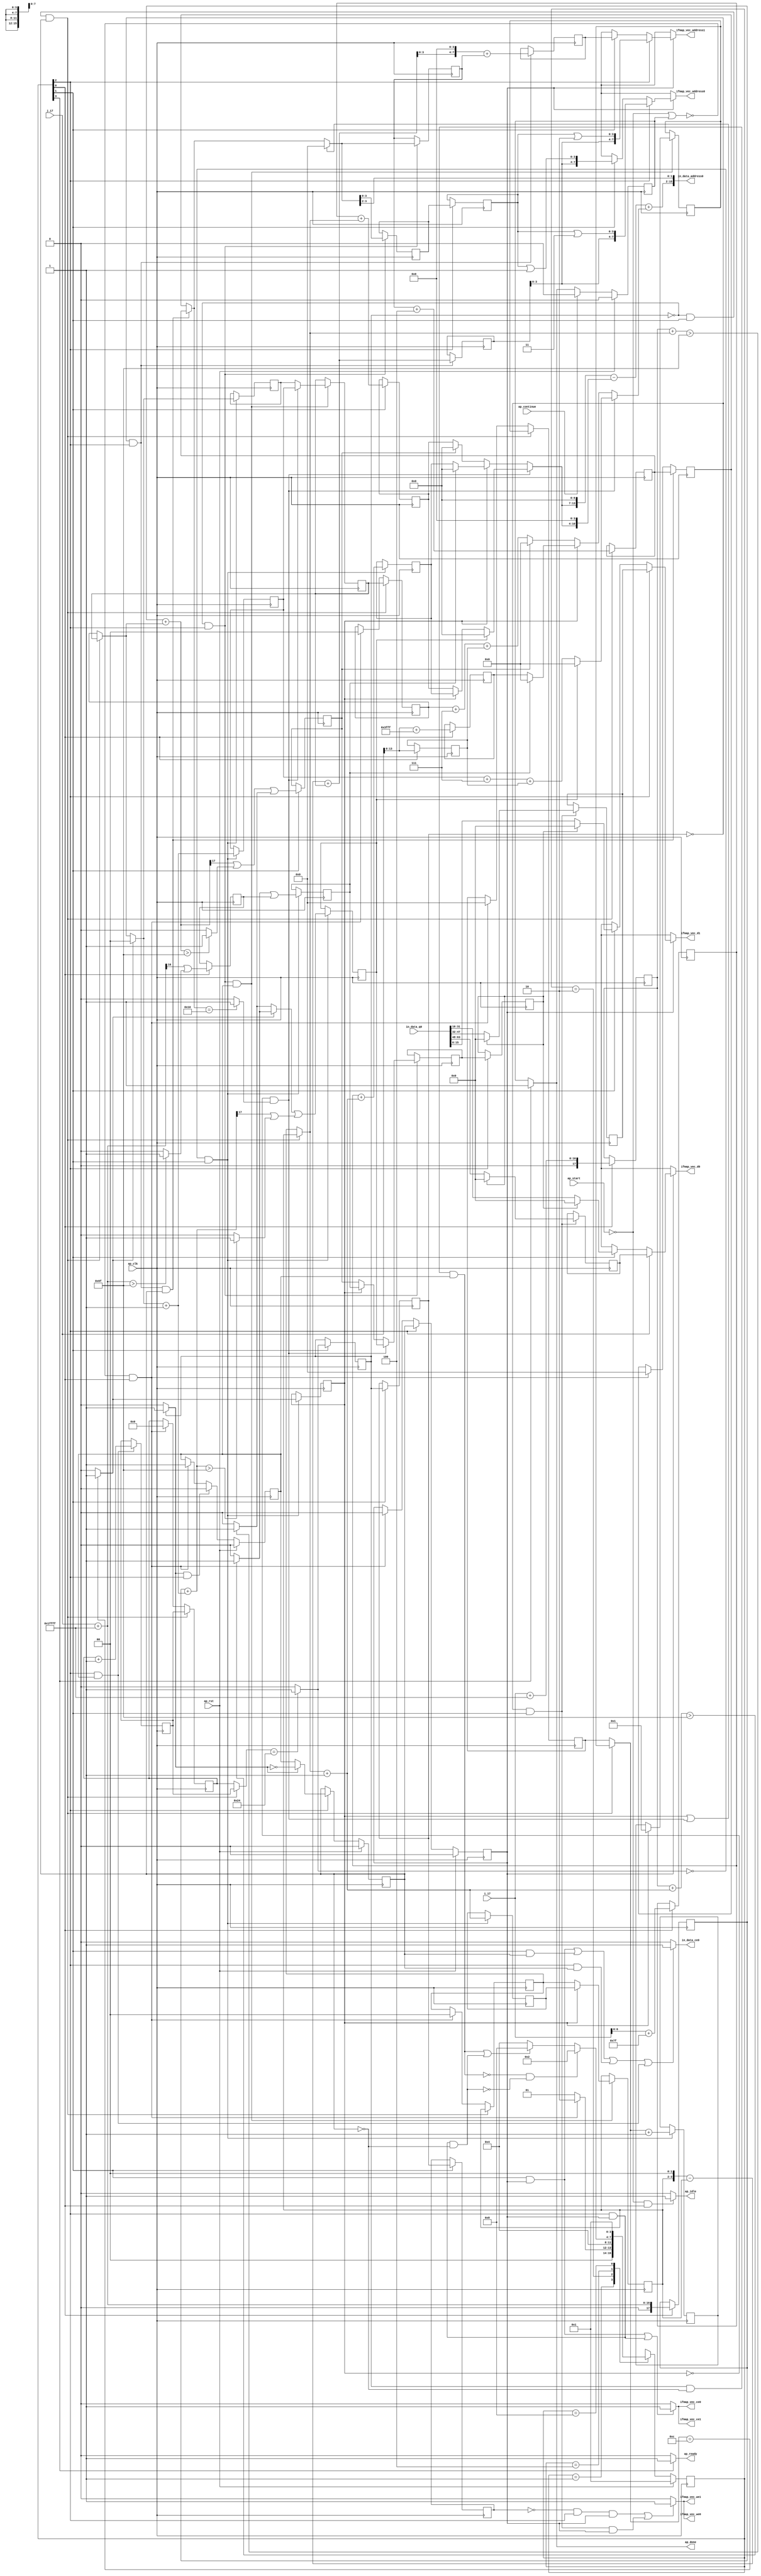
`define EXPONENT 5
`define MANTISSA 10
`define ACTUAL_MANTISSA 11
`define EXPONENT_LSB 10
`define EXPONENT_MSB 14
`define MANTISSA_LSB 0
`define MANTISSA_MSB 9
`define MANTISSA_MUL_SPLIT_LSB 3
`define MANTISSA_MUL_SPLIT_MSB 9
`define SIGN 1
`define SIGN_LOC 15
`define DWIDTH (`SIGN+`EXPONENT+`MANTISSA)
`define IEEE_COMPLIANCE 1

module td_fused_top_tdf2_readInputs25 (
        ap_clk,
        ap_rst,
        ap_start,
        ap_done,
        ap_continue,
        ap_idle,
        ap_ready,
        in_data_address0,
        in_data_ce0,
        in_data_q0,
        i_17,
        j_17,
        ifmap_vec_address0,
        ifmap_vec_ce0,
        ifmap_vec_we0,
        ifmap_vec_d0,
        ifmap_vec_address1,
        ifmap_vec_ce1,
        ifmap_vec_we1,
        ifmap_vec_d1
);

parameter    ap_ST_fsm_state1 = 4'd1;
parameter    ap_ST_fsm_pp0_stage0 = 4'd2;
parameter    ap_ST_fsm_pp0_stage1 = 4'd4;
parameter    ap_ST_fsm_state8 = 4'd8;

input   ap_clk;
input   ap_rst;
input   ap_start;
output   ap_done;
input   ap_continue;
output   ap_idle;
output   ap_ready;
output  [15:0] in_data_address0;
output   in_data_ce0;
input  [63:0] in_data_q0;
input  [15:0] i_17;
input  [15:0] j_17;
output  [7:0] ifmap_vec_address0;
output   ifmap_vec_ce0;
output   ifmap_vec_we0;
output  [15:0] ifmap_vec_d0;
output  [7:0] ifmap_vec_address1;
output   ifmap_vec_ce1;
output   ifmap_vec_we1;
output  [15:0] ifmap_vec_d1;

reg ap_done;
reg ap_idle;
reg ap_ready;
reg in_data_ce0;
reg[7:0] ifmap_vec_address0;
reg ifmap_vec_ce0;
reg ifmap_vec_we0;
reg[15:0] ifmap_vec_d0;
reg[7:0] ifmap_vec_address1;
reg ifmap_vec_ce1;
reg ifmap_vec_we1;
reg[15:0] ifmap_vec_d1;

reg    ap_done_reg;
  reg   [3:0] ap_CS_fsm;
wire    ap_CS_fsm_state1;
reg   [5:0] indvar_flatten47_reg_194;
reg   [1:0] ii_reg_206;
reg   [4:0] indvar_flatten_reg_218;
reg   [1:0] jj_reg_229;
reg   [4:0] kk_0_i_reg_241;
wire   [17:0] p_cast_i_fu_270_p1;
reg   [17:0] p_cast_i_reg_931;
wire   [13:0] trunc_ln22_fu_274_p1;
reg   [13:0] trunc_ln22_reg_937;
wire   [17:0] sext_ln22_fu_284_p1;
reg   [17:0] sext_ln22_reg_943;
wire   [6:0] p_cast_fu_288_p2;
reg   [6:0] p_cast_reg_949;
wire   [0:0] or_ln23_21_fu_308_p2;
reg   [0:0] or_ln23_21_reg_955;
wire   [13:0] p_mid137_fu_314_p2;
reg   [13:0] p_mid137_reg_960;
wire   [6:0] p_cast5_i_fu_333_p2;
reg   [6:0] p_cast5_i_reg_965;
wire    ap_CS_fsm_pp0_stage0;
wire    ap_block_state2_pp0_stage0_iter0;
wire    ap_block_state4_pp0_stage0_iter1;
wire    ap_block_state6_pp0_stage0_iter2;
wire    ap_block_pp0_stage0_11001;
wire   [0:0] is_padding_fu_373_p2;
reg   [0:0] is_padding_reg_971;
wire   [0:0] icmp_ln19_fu_379_p2;
reg   [0:0] icmp_ln19_reg_978;
reg   [0:0] icmp_ln19_reg_978_pp0_iter1_reg;
reg   [0:0] icmp_ln19_reg_978_pp0_iter2_reg;
wire   [1:0] add_ln19_fu_385_p2;
reg   [1:0] add_ln19_reg_982;
wire   [0:0] icmp_ln20_fu_391_p2;
reg   [0:0] icmp_ln20_reg_987;
wire   [1:0] select_ln19_fu_397_p3;
reg   [1:0] select_ln19_reg_999;
wire   [6:0] p_cast5_i_mid1_fu_418_p2;
reg   [6:0] p_cast5_i_mid1_reg_1004;
wire   [0:0] or_ln23_23_fu_437_p2;
reg   [0:0] or_ln23_23_reg_1010;
wire   [1:0] add_ln20_fu_442_p2;
reg   [1:0] add_ln20_reg_1017;
wire   [0:0] or_ln23_25_fu_477_p2;
reg   [0:0] or_ln23_25_reg_1023;
wire   [4:0] add_ln20_5_fu_483_p2;
reg   [4:0] add_ln20_5_reg_1030;
wire   [5:0] add_ln19_5_fu_489_p2;
reg   [5:0] add_ln19_5_reg_1035;
wire    ap_CS_fsm_pp0_stage1;
reg    ap_enable_reg_pp0_iter0;
wire    ap_block_state3_pp0_stage1_iter0;
wire    ap_block_state5_pp0_stage1_iter1;
wire    ap_block_state7_pp0_stage1_iter2;
wire    ap_block_pp0_stage1_11001;
wire   [1:0] select_ln19_25_fu_527_p3;
reg   [1:0] select_ln19_25_reg_1040;
wire   [4:0] select_ln20_fu_591_p3;
reg   [4:0] select_ln20_reg_1047;
wire   [1:0] select_ln20_21_fu_599_p3;
reg   [1:0] select_ln20_21_reg_1053;
wire   [0:0] select_ln20_22_fu_608_p3;
reg   [0:0] select_ln20_22_reg_1059;
reg   [0:0] select_ln20_22_reg_1059_pp0_iter1_reg;
wire   [3:0] empty_111_fu_704_p1;
reg   [3:0] empty_111_reg_1067;
reg   [3:0] empty_111_reg_1067_pp0_iter1_reg;
wire   [4:0] select_ln20_25_fu_731_p3;
reg   [4:0] select_ln20_25_reg_1079;
wire   [4:0] add_ln25_fu_737_p2;
reg   [4:0] add_ln25_reg_1084;
reg    ap_enable_reg_pp0_iter1;
wire   [5:0] add_ln33_fu_769_p2;
reg   [5:0] add_ln33_reg_1089;
wire   [7:0] add_ln33_5_fu_790_p2;
reg   [7:0] add_ln33_5_reg_1096;
wire   [15:0] select_ln33_23_fu_869_p3;
reg   [15:0] select_ln33_23_reg_1101;
wire   [15:0] select_ln33_24_fu_890_p3;
reg   [15:0] select_ln33_24_reg_1106;
reg    ap_block_state1;
wire    ap_block_pp0_stage1_subdone;
reg    ap_condition_pp0_exit_iter0_state3;
reg    ap_enable_reg_pp0_iter2;
reg   [5:0] ap_phi_mux_indvar_flatten47_phi_fu_198_p4;
wire    ap_block_pp0_stage0;
reg   [1:0] ap_phi_mux_ii_phi_fu_210_p4;
reg   [4:0] ap_phi_mux_indvar_flatten_phi_fu_222_p4;
reg   [1:0] ap_phi_mux_jj_phi_fu_233_p4;
reg   [4:0] ap_phi_mux_kk_0_i_phi_fu_245_p4;
wire    ap_block_pp0_stage1;
wire   [63:0] sext_ln32_fu_726_p1;
wire   [63:0] zext_ln33_21_fu_796_p1;
wire   [63:0] sext_ln33_fu_828_p1;
wire   [63:0] sext_ln33_9_fu_909_p1;
wire   [63:0] sext_ln33_10_fu_926_p1;
wire   [15:0] select_ln33_fu_808_p3;
wire   [15:0] select_ln33_22_fu_847_p3;
wire   [16:0] zext_ln19_fu_256_p1;
wire   [16:0] empty_106_fu_264_p2;
wire   [16:0] j_cast_i_fu_252_p1;
wire   [16:0] add_ln22_fu_278_p2;
wire   [6:0] empty_fu_260_p1;
wire   [0:0] tmp_fu_294_p3;
wire   [0:0] icmp_ln24_fu_302_p2;
wire   [17:0] ii_cast_i_fu_320_p1;
wire   [6:0] ii_cast_fu_324_p1;
wire   [17:0] empty_107_fu_328_p2;
wire   [17:0] zext_ln20_fu_344_p1;
wire   [17:0] add_ln22_5_fu_348_p2;
wire   [0:0] tmp_37_fu_353_p3;
wire   [0:0] icmp_ln24_5_fu_361_p2;
wire   [0:0] or_ln23_fu_367_p2;
wire   [0:0] empty_108_fu_338_p2;
wire   [17:0] ii_cast_i_mid1_fu_405_p1;
wire   [6:0] ii_cast_mid1_fu_409_p1;
wire   [17:0] p_mid111_fu_413_p2;
wire   [0:0] p_mid113_fu_423_p2;
wire   [17:0] zext_ln20_5_fu_448_p1;
wire   [17:0] add_ln22_6_fu_452_p2;
wire   [0:0] tmp_38_fu_457_p3;
wire   [0:0] icmp_ln24_6_fu_465_p2;
wire   [0:0] or_ln23_24_fu_471_p2;
wire   [0:0] select_ln19_27_fu_429_p3;
wire   [2:0] zext_ln22_fu_495_p1;
wire   [2:0] tmp2_fu_505_p2;
wire   [13:0] tmp2_cast_fu_511_p1;
wire   [13:0] empty_109_fu_515_p2;
wire   [6:0] row_coord_int_mid131_fu_543_p3;
wire   [6:0] row_coord_int_fu_499_p3;
wire   [13:0] col_coord_int_mid139_fu_549_p3;
wire   [13:0] col_coord_int_fu_520_p3;
wire   [0:0] icmp_ln25_fu_574_p2;
wire   [0:0] xor_ln19_fu_569_p2;
wire   [0:0] and_ln19_fu_580_p2;
wire   [0:0] or_ln20_fu_586_p2;
wire   [0:0] select_ln19_28_fu_538_p3;
wire   [6:0] select_ln19_26_fu_533_p3;
wire   [2:0] zext_ln22_5_fu_605_p1;
wire   [2:0] tmp2_mid1_fu_622_p2;
wire   [13:0] tmp2_cast_mid1_fu_628_p1;
wire   [13:0] p_mid1_fu_632_p2;
wire   [6:0] row_coord_int_mid1_fu_615_p3;
wire   [6:0] select_ln19_29_fu_555_p3;
wire   [6:0] select_ln20_23_fu_644_p3;
wire   [13:0] tmp_7_fu_652_p3;
wire   [10:0] tmp_8_fu_664_p3;
wire   [14:0] zext_ln32_fu_660_p1;
wire   [14:0] zext_ln32_22_fu_672_p1;
wire   [14:0] sub_ln32_fu_676_p2;
wire   [13:0] col_coord_int_mid1_fu_637_p3;
wire   [13:0] select_ln19_30_fu_562_p3;
wire   [13:0] select_ln20_24_fu_686_p3;
wire   [15:0] sext_ln20_fu_682_p1;
wire   [15:0] zext_ln32_23_fu_694_p1;
wire   [15:0] add_ln32_fu_698_p2;
wire   [1:0] lshr_ln_fu_708_p4;
wire   [17:0] tmp_39_fu_718_p3;
wire   [3:0] tmp_s_fu_745_p3;
wire   [4:0] zext_ln33_18_fu_752_p1;
wire   [4:0] zext_ln33_fu_742_p1;
wire   [4:0] sub_ln33_fu_756_p2;
wire   [5:0] sub_ln33_cast_fu_762_p1;
wire   [5:0] zext_ln33_19_fu_766_p1;
wire   [3:0] trunc_ln33_fu_775_p1;
wire   [7:0] tmp_113_cast_fu_779_p3;
wire   [7:0] zext_ln33_20_fu_787_p1;
wire   [15:0] trunc_ln32_fu_800_p1;
wire   [15:0] bitcast_ln32_fu_804_p1;
wire   [3:0] or_ln25_fu_816_p2;
wire   [9:0] tmp_40_fu_821_p3;
wire   [15:0] tmp_66_i_fu_833_p4;
wire   [15:0] bitcast_ln32_22_fu_843_p1;
wire   [15:0] tmp_67_i_fu_855_p4;
wire   [15:0] bitcast_ln32_23_fu_865_p1;
wire   [15:0] tmp_68_i_fu_876_p4;
wire   [15:0] bitcast_ln32_24_fu_886_p1;
wire   [3:0] or_ln25_15_fu_897_p2;
wire   [9:0] tmp_41_fu_902_p3;
wire   [3:0] or_ln25_16_fu_914_p2;
wire   [9:0] tmp_42_fu_919_p3;
wire    ap_CS_fsm_state8;
reg   [3:0] ap_NS_fsm;
wire    ap_block_pp0_stage0_subdone;
reg    ap_idle_pp0;
wire    ap_enable_pp0;
wire    ap_ce_reg;

// power-on initialization
initial begin
#0 ap_done_reg = 1'b0;
#0 ap_CS_fsm = 4'd1;
#0 ap_enable_reg_pp0_iter0 = 1'b0;
#0 ap_enable_reg_pp0_iter1 = 1'b0;
#0 ap_enable_reg_pp0_iter2 = 1'b0;
end

always @ (posedge ap_clk) begin
    if (ap_rst == 1'b1) begin
        ap_CS_fsm <= ap_ST_fsm_state1;
    end else begin
        ap_CS_fsm <= ap_NS_fsm;
    end
end

always @ (posedge ap_clk) begin
    if (ap_rst == 1'b1) begin
        ap_done_reg <= 1'b0;
    end else begin
        if ((ap_continue == 1'b1)) begin
            ap_done_reg <= 1'b0;
        end else if ((1'b1 == ap_CS_fsm_state8)) begin
            ap_done_reg <= 1'b1;
        end
    end
end

always @ (posedge ap_clk) begin
    if (ap_rst == 1'b1) begin
        ap_enable_reg_pp0_iter0 <= 1'b0;
    end else begin
        if (((1'b0 == ap_block_pp0_stage1_subdone) & (1'b1 == ap_condition_pp0_exit_iter0_state3) & (1'b1 == ap_CS_fsm_pp0_stage1))) begin
            ap_enable_reg_pp0_iter0 <= 1'b0;
        end else if ((~((ap_start == 1'b0) | (ap_done_reg == 1'b1)) & (1'b1 == ap_CS_fsm_state1))) begin
            ap_enable_reg_pp0_iter0 <= 1'b1;
        end
    end
end

always @ (posedge ap_clk) begin
    if (ap_rst == 1'b1) begin
        ap_enable_reg_pp0_iter1 <= 1'b0;
    end else begin
        if (((1'b0 == ap_block_pp0_stage1_subdone) & (1'b1 == ap_CS_fsm_pp0_stage1))) begin
            if ((1'b1 == ap_condition_pp0_exit_iter0_state3)) begin
                ap_enable_reg_pp0_iter1 <= (1'b1 ^ ap_condition_pp0_exit_iter0_state3);
            end else if ((1'b1 == 1'b1)) begin
                ap_enable_reg_pp0_iter1 <= ap_enable_reg_pp0_iter0;
            end
        end
    end
end

always @ (posedge ap_clk) begin
    if (ap_rst == 1'b1) begin
        ap_enable_reg_pp0_iter2 <= 1'b0;
    end else begin
        if (((1'b0 == ap_block_pp0_stage1_subdone) & (1'b1 == ap_CS_fsm_pp0_stage1))) begin
            ap_enable_reg_pp0_iter2 <= ap_enable_reg_pp0_iter1;
        end else if ((~((ap_start == 1'b0) | (ap_done_reg == 1'b1)) & (1'b1 == ap_CS_fsm_state1))) begin
            ap_enable_reg_pp0_iter2 <= 1'b0;
        end
    end
end

always @ (posedge ap_clk) begin
    if (((icmp_ln19_reg_978 == 1'd0) & (1'b0 == ap_block_pp0_stage0_11001) & (1'b1 == ap_CS_fsm_pp0_stage0) & (ap_enable_reg_pp0_iter1 == 1'b1))) begin
        ii_reg_206 <= select_ln19_25_reg_1040;
    end else if ((~((ap_start == 1'b0) | (ap_done_reg == 1'b1)) & (1'b1 == ap_CS_fsm_state1))) begin
        ii_reg_206 <= 2'd0;
    end
end

always @ (posedge ap_clk) begin
    if (((icmp_ln19_reg_978 == 1'd0) & (1'b0 == ap_block_pp0_stage0_11001) & (1'b1 == ap_CS_fsm_pp0_stage0) & (ap_enable_reg_pp0_iter1 == 1'b1))) begin
        indvar_flatten47_reg_194 <= add_ln19_5_reg_1035;
    end else if ((~((ap_start == 1'b0) | (ap_done_reg == 1'b1)) & (1'b1 == ap_CS_fsm_state1))) begin
        indvar_flatten47_reg_194 <= 6'd0;
    end
end

always @ (posedge ap_clk) begin
    if (((icmp_ln19_reg_978 == 1'd0) & (1'b0 == ap_block_pp0_stage0_11001) & (1'b1 == ap_CS_fsm_pp0_stage0) & (ap_enable_reg_pp0_iter1 == 1'b1))) begin
        indvar_flatten_reg_218 <= select_ln20_25_reg_1079;
    end else if ((~((ap_start == 1'b0) | (ap_done_reg == 1'b1)) & (1'b1 == ap_CS_fsm_state1))) begin
        indvar_flatten_reg_218 <= 5'd0;
    end
end

always @ (posedge ap_clk) begin
    if (((icmp_ln19_reg_978 == 1'd0) & (1'b0 == ap_block_pp0_stage0_11001) & (1'b1 == ap_CS_fsm_pp0_stage0) & (ap_enable_reg_pp0_iter1 == 1'b1))) begin
        jj_reg_229 <= select_ln20_21_reg_1053;
    end else if ((~((ap_start == 1'b0) | (ap_done_reg == 1'b1)) & (1'b1 == ap_CS_fsm_state1))) begin
        jj_reg_229 <= 2'd0;
    end
end

always @ (posedge ap_clk) begin
    if (((icmp_ln19_reg_978_pp0_iter1_reg == 1'd0) & (1'b0 == ap_block_pp0_stage1_11001) & (1'b1 == ap_CS_fsm_pp0_stage1) & (ap_enable_reg_pp0_iter1 == 1'b1))) begin
        kk_0_i_reg_241 <= add_ln25_reg_1084;
    end else if ((~((ap_start == 1'b0) | (ap_done_reg == 1'b1)) & (1'b1 == ap_CS_fsm_state1))) begin
        kk_0_i_reg_241 <= 5'd0;
    end
end

always @ (posedge ap_clk) begin
    if (((1'b0 == ap_block_pp0_stage1_11001) & (1'b1 == ap_CS_fsm_pp0_stage1) & (ap_enable_reg_pp0_iter0 == 1'b1))) begin
        add_ln19_5_reg_1035 <= add_ln19_5_fu_489_p2;
    end
end

always @ (posedge ap_clk) begin
    if (((icmp_ln19_fu_379_p2 == 1'd0) & (1'b0 == ap_block_pp0_stage0_11001) & (1'b1 == ap_CS_fsm_pp0_stage0))) begin
        add_ln19_reg_982 <= add_ln19_fu_385_p2;
        add_ln20_5_reg_1030 <= add_ln20_5_fu_483_p2;
        add_ln20_reg_1017 <= add_ln20_fu_442_p2;
        icmp_ln20_reg_987 <= icmp_ln20_fu_391_p2;
        or_ln23_23_reg_1010 <= or_ln23_23_fu_437_p2;
        or_ln23_25_reg_1023 <= or_ln23_25_fu_477_p2;
        p_cast5_i_mid1_reg_1004 <= p_cast5_i_mid1_fu_418_p2;
        select_ln19_reg_999 <= select_ln19_fu_397_p3;
    end
end

always @ (posedge ap_clk) begin
    if (((icmp_ln19_reg_978 == 1'd0) & (1'b0 == ap_block_pp0_stage0_11001) & (1'b1 == ap_CS_fsm_pp0_stage0) & (ap_enable_reg_pp0_iter1 == 1'b1))) begin
        add_ln25_reg_1084 <= add_ln25_fu_737_p2;
    end
end

always @ (posedge ap_clk) begin
    if (((icmp_ln19_reg_978_pp0_iter1_reg == 1'd0) & (1'b0 == ap_block_pp0_stage1_11001) & (1'b1 == ap_CS_fsm_pp0_stage1))) begin
        add_ln33_5_reg_1096 <= add_ln33_5_fu_790_p2;
        add_ln33_reg_1089 <= add_ln33_fu_769_p2;
    end
end

always @ (posedge ap_clk) begin
    if (((icmp_ln19_reg_978 == 1'd0) & (1'b0 == ap_block_pp0_stage1_11001) & (1'b1 == ap_CS_fsm_pp0_stage1))) begin
        empty_111_reg_1067 <= empty_111_fu_704_p1;
        select_ln20_22_reg_1059 <= select_ln20_22_fu_608_p3;
        select_ln20_reg_1047 <= select_ln20_fu_591_p3;
    end
end

always @ (posedge ap_clk) begin
    if (((1'b0 == ap_block_pp0_stage1_11001) & (1'b1 == ap_CS_fsm_pp0_stage1))) begin
        empty_111_reg_1067_pp0_iter1_reg <= empty_111_reg_1067;
        select_ln20_22_reg_1059_pp0_iter1_reg <= select_ln20_22_reg_1059;
    end
end

always @ (posedge ap_clk) begin
    if (((1'b0 == ap_block_pp0_stage0_11001) & (1'b1 == ap_CS_fsm_pp0_stage0))) begin
        icmp_ln19_reg_978 <= icmp_ln19_fu_379_p2;
        icmp_ln19_reg_978_pp0_iter1_reg <= icmp_ln19_reg_978;
        icmp_ln19_reg_978_pp0_iter2_reg <= icmp_ln19_reg_978_pp0_iter1_reg;
        is_padding_reg_971 <= is_padding_fu_373_p2;
        p_cast5_i_reg_965 <= p_cast5_i_fu_333_p2;
    end
end

always @ (posedge ap_clk) begin
    if ((1'b1 == ap_CS_fsm_state1)) begin
        or_ln23_21_reg_955 <= or_ln23_21_fu_308_p2;
        p_cast_i_reg_931 <= p_cast_i_fu_270_p1;
        p_cast_reg_949 <= p_cast_fu_288_p2;
        p_mid137_reg_960 <= p_mid137_fu_314_p2;
        sext_ln22_reg_943 <= sext_ln22_fu_284_p1;
        trunc_ln22_reg_937 <= trunc_ln22_fu_274_p1;
    end
end

always @ (posedge ap_clk) begin
    if (((icmp_ln19_reg_978 == 1'd0) & (1'b0 == ap_block_pp0_stage1_11001) & (1'b1 == ap_CS_fsm_pp0_stage1) & (ap_enable_reg_pp0_iter0 == 1'b1))) begin
        select_ln19_25_reg_1040 <= select_ln19_25_fu_527_p3;
        select_ln20_21_reg_1053 <= select_ln20_21_fu_599_p3;
        select_ln20_25_reg_1079 <= select_ln20_25_fu_731_p3;
    end
end

always @ (posedge ap_clk) begin
    if (((icmp_ln19_reg_978_pp0_iter1_reg == 1'd0) & (1'b0 == ap_block_pp0_stage0_11001) & (1'b1 == ap_CS_fsm_pp0_stage0))) begin
        select_ln33_23_reg_1101 <= select_ln33_23_fu_869_p3;
        select_ln33_24_reg_1106 <= select_ln33_24_fu_890_p3;
    end
end

always @ (*) begin
    if ((icmp_ln19_reg_978 == 1'd1)) begin
        ap_condition_pp0_exit_iter0_state3 = 1'b1;
    end else begin
        ap_condition_pp0_exit_iter0_state3 = 1'b0;
    end
end

always @ (*) begin
    if ((1'b1 == ap_CS_fsm_state8)) begin
        ap_done = 1'b1;
    end else begin
        ap_done = ap_done_reg;
    end
end

always @ (*) begin
    if (((ap_start == 1'b0) & (1'b1 == ap_CS_fsm_state1))) begin
        ap_idle = 1'b1;
    end else begin
        ap_idle = 1'b0;
    end
end

always @ (*) begin
    if (((ap_enable_reg_pp0_iter2 == 1'b0) & (ap_enable_reg_pp0_iter1 == 1'b0) & (ap_enable_reg_pp0_iter0 == 1'b0))) begin
        ap_idle_pp0 = 1'b1;
    end else begin
        ap_idle_pp0 = 1'b0;
    end
end

always @ (*) begin
    if (((icmp_ln19_reg_978 == 1'd0) & (1'b0 == ap_block_pp0_stage0) & (1'b1 == ap_CS_fsm_pp0_stage0) & (ap_enable_reg_pp0_iter1 == 1'b1))) begin
        ap_phi_mux_ii_phi_fu_210_p4 = select_ln19_25_reg_1040;
    end else begin
        ap_phi_mux_ii_phi_fu_210_p4 = ii_reg_206;
    end
end

always @ (*) begin
    if (((icmp_ln19_reg_978 == 1'd0) & (1'b0 == ap_block_pp0_stage0) & (1'b1 == ap_CS_fsm_pp0_stage0) & (ap_enable_reg_pp0_iter1 == 1'b1))) begin
        ap_phi_mux_indvar_flatten47_phi_fu_198_p4 = add_ln19_5_reg_1035;
    end else begin
        ap_phi_mux_indvar_flatten47_phi_fu_198_p4 = indvar_flatten47_reg_194;
    end
end

always @ (*) begin
    if (((icmp_ln19_reg_978 == 1'd0) & (1'b0 == ap_block_pp0_stage0) & (1'b1 == ap_CS_fsm_pp0_stage0) & (ap_enable_reg_pp0_iter1 == 1'b1))) begin
        ap_phi_mux_indvar_flatten_phi_fu_222_p4 = select_ln20_25_reg_1079;
    end else begin
        ap_phi_mux_indvar_flatten_phi_fu_222_p4 = indvar_flatten_reg_218;
    end
end

always @ (*) begin
    if (((icmp_ln19_reg_978 == 1'd0) & (1'b0 == ap_block_pp0_stage0) & (1'b1 == ap_CS_fsm_pp0_stage0) & (ap_enable_reg_pp0_iter1 == 1'b1))) begin
        ap_phi_mux_jj_phi_fu_233_p4 = select_ln20_21_reg_1053;
    end else begin
        ap_phi_mux_jj_phi_fu_233_p4 = jj_reg_229;
    end
end

always @ (*) begin
    if (((icmp_ln19_reg_978_pp0_iter1_reg == 1'd0) & (1'b0 == ap_block_pp0_stage1) & (1'b1 == ap_CS_fsm_pp0_stage1) & (ap_enable_reg_pp0_iter1 == 1'b1))) begin
        ap_phi_mux_kk_0_i_phi_fu_245_p4 = add_ln25_reg_1084;
    end else begin
        ap_phi_mux_kk_0_i_phi_fu_245_p4 = kk_0_i_reg_241;
    end
end

always @ (*) begin
    if ((1'b1 == ap_CS_fsm_state8)) begin
        ap_ready = 1'b1;
    end else begin
        ap_ready = 1'b0;
    end
end

always @ (*) begin
    if ((ap_enable_reg_pp0_iter2 == 1'b1)) begin
        if (((1'b0 == ap_block_pp0_stage1) & (1'b1 == ap_CS_fsm_pp0_stage1))) begin
            ifmap_vec_address0 = sext_ln33_10_fu_926_p1;
        end else if (((1'b0 == ap_block_pp0_stage0) & (1'b1 == ap_CS_fsm_pp0_stage0))) begin
            ifmap_vec_address0 = sext_ln33_fu_828_p1;
        end else begin
            ifmap_vec_address0 = 'bx;
        end
    end else begin
        ifmap_vec_address0 = 'bx;
    end
end

always @ (*) begin
    if ((ap_enable_reg_pp0_iter2 == 1'b1)) begin
        if (((1'b0 == ap_block_pp0_stage1) & (1'b1 == ap_CS_fsm_pp0_stage1))) begin
            ifmap_vec_address1 = sext_ln33_9_fu_909_p1;
        end else if (((1'b0 == ap_block_pp0_stage0) & (1'b1 == ap_CS_fsm_pp0_stage0))) begin
            ifmap_vec_address1 = zext_ln33_21_fu_796_p1;
        end else begin
            ifmap_vec_address1 = 'bx;
        end
    end else begin
        ifmap_vec_address1 = 'bx;
    end
end

always @ (*) begin
    if ((((1'b0 == ap_block_pp0_stage0_11001) & (1'b1 == ap_CS_fsm_pp0_stage0) & (ap_enable_reg_pp0_iter2 == 1'b1)) | ((1'b0 == ap_block_pp0_stage1_11001) & (1'b1 == ap_CS_fsm_pp0_stage1) & (ap_enable_reg_pp0_iter2 == 1'b1)))) begin
        ifmap_vec_ce0 = 1'b1;
    end else begin
        ifmap_vec_ce0 = 1'b0;
    end
end

always @ (*) begin
    if ((((1'b0 == ap_block_pp0_stage0_11001) & (1'b1 == ap_CS_fsm_pp0_stage0) & (ap_enable_reg_pp0_iter2 == 1'b1)) | ((1'b0 == ap_block_pp0_stage1_11001) & (1'b1 == ap_CS_fsm_pp0_stage1) & (ap_enable_reg_pp0_iter2 == 1'b1)))) begin
        ifmap_vec_ce1 = 1'b1;
    end else begin
        ifmap_vec_ce1 = 1'b0;
    end
end

always @ (*) begin
    if ((ap_enable_reg_pp0_iter2 == 1'b1)) begin
        if (((1'b0 == ap_block_pp0_stage1) & (1'b1 == ap_CS_fsm_pp0_stage1))) begin
            ifmap_vec_d0 = select_ln33_24_reg_1106;
        end else if (((1'b0 == ap_block_pp0_stage0) & (1'b1 == ap_CS_fsm_pp0_stage0))) begin
            ifmap_vec_d0 = select_ln33_22_fu_847_p3;
        end else begin
            ifmap_vec_d0 = 'bx;
        end
    end else begin
        ifmap_vec_d0 = 'bx;
    end
end

always @ (*) begin
    if ((ap_enable_reg_pp0_iter2 == 1'b1)) begin
        if (((1'b0 == ap_block_pp0_stage1) & (1'b1 == ap_CS_fsm_pp0_stage1))) begin
            ifmap_vec_d1 = select_ln33_23_reg_1101;
        end else if (((1'b0 == ap_block_pp0_stage0) & (1'b1 == ap_CS_fsm_pp0_stage0))) begin
            ifmap_vec_d1 = select_ln33_fu_808_p3;
        end else begin
            ifmap_vec_d1 = 'bx;
        end
    end else begin
        ifmap_vec_d1 = 'bx;
    end
end

always @ (*) begin
    if ((((icmp_ln19_reg_978_pp0_iter2_reg == 1'd0) & (1'b0 == ap_block_pp0_stage1_11001) & (1'b1 == ap_CS_fsm_pp0_stage1) & (ap_enable_reg_pp0_iter2 == 1'b1)) | ((icmp_ln19_reg_978_pp0_iter1_reg == 1'd0) & (1'b0 == ap_block_pp0_stage0_11001) & (1'b1 == ap_CS_fsm_pp0_stage0) & (ap_enable_reg_pp0_iter2 == 1'b1)))) begin
        ifmap_vec_we0 = 1'b1;
    end else begin
        ifmap_vec_we0 = 1'b0;
    end
end

always @ (*) begin
    if ((((icmp_ln19_reg_978_pp0_iter2_reg == 1'd0) & (1'b0 == ap_block_pp0_stage1_11001) & (1'b1 == ap_CS_fsm_pp0_stage1) & (ap_enable_reg_pp0_iter2 == 1'b1)) | ((icmp_ln19_reg_978_pp0_iter1_reg == 1'd0) & (1'b0 == ap_block_pp0_stage0_11001) & (1'b1 == ap_CS_fsm_pp0_stage0) & (ap_enable_reg_pp0_iter2 == 1'b1)))) begin
        ifmap_vec_we1 = 1'b1;
    end else begin
        ifmap_vec_we1 = 1'b0;
    end
end

always @ (*) begin
    if ((((1'b0 == ap_block_pp0_stage0_11001) & (1'b1 == ap_CS_fsm_pp0_stage0) & (ap_enable_reg_pp0_iter2 == 1'b1)) | ((1'b0 == ap_block_pp0_stage0_11001) & (1'b1 == ap_CS_fsm_pp0_stage0) & (ap_enable_reg_pp0_iter1 == 1'b1)) | ((1'b0 == ap_block_pp0_stage1_11001) & (1'b1 == ap_CS_fsm_pp0_stage1) & (ap_enable_reg_pp0_iter1 == 1'b1)) | ((1'b0 == ap_block_pp0_stage1_11001) & (1'b1 == ap_CS_fsm_pp0_stage1) & (ap_enable_reg_pp0_iter0 == 1'b1)))) begin
        in_data_ce0 = 1'b1;
    end else begin
        in_data_ce0 = 1'b0;
    end
end

always @ (*) begin
    case (ap_CS_fsm)
        ap_ST_fsm_state1 : begin
            if ((~((ap_start == 1'b0) | (ap_done_reg == 1'b1)) & (1'b1 == ap_CS_fsm_state1))) begin
                ap_NS_fsm = ap_ST_fsm_pp0_stage0;
            end else begin
                ap_NS_fsm = ap_ST_fsm_state1;
            end
        end
        ap_ST_fsm_pp0_stage0 : begin
            if ((1'b0 == ap_block_pp0_stage0_subdone)) begin
                ap_NS_fsm = ap_ST_fsm_pp0_stage1;
            end else begin
                ap_NS_fsm = ap_ST_fsm_pp0_stage0;
            end
        end
        ap_ST_fsm_pp0_stage1 : begin
            if ((~((icmp_ln19_reg_978 == 1'd1) & (1'b0 == ap_block_pp0_stage1_subdone) & (ap_enable_reg_pp0_iter1 == 1'b0) & (ap_enable_reg_pp0_iter0 == 1'b1)) & ~((1'b0 == ap_block_pp0_stage1_subdone) & (1'b1 == ap_CS_fsm_pp0_stage1) & (ap_enable_reg_pp0_iter2 == 1'b1) & (ap_enable_reg_pp0_iter1 == 1'b0)) & (1'b0 == ap_block_pp0_stage1_subdone))) begin
                ap_NS_fsm = ap_ST_fsm_pp0_stage0;
            end else if ((((icmp_ln19_reg_978 == 1'd1) & (1'b0 == ap_block_pp0_stage1_subdone) & (ap_enable_reg_pp0_iter1 == 1'b0) & (ap_enable_reg_pp0_iter0 == 1'b1)) | ((1'b0 == ap_block_pp0_stage1_subdone) & (1'b1 == ap_CS_fsm_pp0_stage1) & (ap_enable_reg_pp0_iter2 == 1'b1) & (ap_enable_reg_pp0_iter1 == 1'b0)))) begin
                ap_NS_fsm = ap_ST_fsm_state8;
            end else begin
                ap_NS_fsm = ap_ST_fsm_pp0_stage1;
            end
        end
        ap_ST_fsm_state8 : begin
            ap_NS_fsm = ap_ST_fsm_state1;
        end
        default : begin
            ap_NS_fsm = 'bx;
        end
    endcase
end

assign add_ln19_5_fu_489_p2 = (indvar_flatten47_reg_194 + 6'd1);

assign add_ln19_fu_385_p2 = (ap_phi_mux_ii_phi_fu_210_p4 + 2'd1);

assign add_ln20_5_fu_483_p2 = (ap_phi_mux_indvar_flatten_phi_fu_222_p4 + 5'd1);

assign add_ln20_fu_442_p2 = (select_ln19_fu_397_p3 + 2'd1);

assign add_ln22_5_fu_348_p2 = ((sext_ln22_reg_943) + (zext_ln20_fu_344_p1));

assign add_ln22_6_fu_452_p2 = ((sext_ln22_reg_943) + (zext_ln20_5_fu_448_p1));

assign add_ln22_fu_278_p2 = ((j_cast_i_fu_252_p1) + (17'd131071));

assign add_ln25_fu_737_p2 = (select_ln20_reg_1047 + 5'd4);

assign add_ln32_fu_698_p2 = ((sext_ln20_fu_682_p1) + (zext_ln32_23_fu_694_p1));

assign add_ln33_5_fu_790_p2 = (tmp_113_cast_fu_779_p3 + zext_ln33_20_fu_787_p1);

assign add_ln33_fu_769_p2 = ((sub_ln33_cast_fu_762_p1) + (zext_ln33_19_fu_766_p1));

assign and_ln19_fu_580_p2 = (xor_ln19_fu_569_p2 & icmp_ln25_fu_574_p2);

assign ap_CS_fsm_pp0_stage0 = ap_CS_fsm[32'd1];

assign ap_CS_fsm_pp0_stage1 = ap_CS_fsm[32'd2];

assign ap_CS_fsm_state1 = ap_CS_fsm[32'd0];

assign ap_CS_fsm_state8 = ap_CS_fsm[32'd3];

assign ap_block_pp0_stage0 = ~(1'b1 == 1'b1);

assign ap_block_pp0_stage0_11001 = ~(1'b1 == 1'b1);

assign ap_block_pp0_stage0_subdone = ~(1'b1 == 1'b1);

assign ap_block_pp0_stage1 = ~(1'b1 == 1'b1);

assign ap_block_pp0_stage1_11001 = ~(1'b1 == 1'b1);

assign ap_block_pp0_stage1_subdone = ~(1'b1 == 1'b1);

always @ (*) begin
    ap_block_state1 = ((ap_start == 1'b0) | (ap_done_reg == 1'b1));
end

assign ap_block_state2_pp0_stage0_iter0 = ~(1'b1 == 1'b1);

assign ap_block_state3_pp0_stage1_iter0 = ~(1'b1 == 1'b1);

assign ap_block_state4_pp0_stage0_iter1 = ~(1'b1 == 1'b1);

assign ap_block_state5_pp0_stage1_iter1 = ~(1'b1 == 1'b1);

assign ap_block_state6_pp0_stage0_iter2 = ~(1'b1 == 1'b1);

assign ap_block_state7_pp0_stage1_iter2 = ~(1'b1 == 1'b1);

assign ap_enable_pp0 = (ap_idle_pp0 ^ 1'b1);

assign bitcast_ln32_22_fu_843_p1 = tmp_66_i_fu_833_p4;

assign bitcast_ln32_23_fu_865_p1 = tmp_67_i_fu_855_p4;

assign bitcast_ln32_24_fu_886_p1 = tmp_68_i_fu_876_p4;

assign bitcast_ln32_fu_804_p1 = trunc_ln32_fu_800_p1;

assign col_coord_int_fu_520_p3 = ((is_padding_reg_971[0:0] == 1'b1) ? 14'd0 : empty_109_fu_515_p2);

assign col_coord_int_mid139_fu_549_p3 = ((or_ln23_23_reg_1010[0:0] == 1'b1) ? 14'd0 : p_mid137_reg_960);

assign col_coord_int_mid1_fu_637_p3 = ((or_ln23_25_reg_1023[0:0] == 1'b1) ? 14'd0 : p_mid1_fu_632_p2);

assign empty_106_fu_264_p2 = ((zext_ln19_fu_256_p1) + (17'd131071));

assign empty_107_fu_328_p2 = ((p_cast_i_reg_931) + (ii_cast_i_fu_320_p1));

assign empty_108_fu_338_p2 = ((empty_107_fu_328_p2 > 18'd111) ? 1'b1 : 1'b0);

assign empty_109_fu_515_p2 = ((tmp2_cast_fu_511_p1) + (trunc_ln22_reg_937));

assign empty_111_fu_704_p1 = select_ln20_fu_591_p3[3:0];

assign empty_fu_260_p1 = i_17[6:0];

assign icmp_ln19_fu_379_p2 = ((ap_phi_mux_indvar_flatten47_phi_fu_198_p4 == 6'd36) ? 1'b1 : 1'b0);

assign icmp_ln20_fu_391_p2 = ((ap_phi_mux_indvar_flatten_phi_fu_222_p4 == 5'd12) ? 1'b1 : 1'b0);

assign icmp_ln24_5_fu_361_p2 = (((add_ln22_5_fu_348_p2) > (18'd111)) ? 1'b1 : 1'b0);

assign icmp_ln24_6_fu_465_p2 = (((add_ln22_6_fu_452_p2) > (18'd111)) ? 1'b1 : 1'b0);

assign icmp_ln24_fu_302_p2 = (((add_ln22_fu_278_p2) > (17'd111)) ? 1'b1 : 1'b0);

assign icmp_ln25_fu_574_p2 = ((ap_phi_mux_kk_0_i_phi_fu_245_p4 == 5'd16) ? 1'b1 : 1'b0);

assign ii_cast_fu_324_p1 = ap_phi_mux_ii_phi_fu_210_p4;

assign ii_cast_i_fu_320_p1 = ap_phi_mux_ii_phi_fu_210_p4;

assign ii_cast_i_mid1_fu_405_p1 = add_ln19_fu_385_p2;

assign ii_cast_mid1_fu_409_p1 = add_ln19_fu_385_p2;

assign in_data_address0 = sext_ln32_fu_726_p1;

assign is_padding_fu_373_p2 = (or_ln23_fu_367_p2 | empty_108_fu_338_p2);

assign j_cast_i_fu_252_p1 = j_17;

assign lshr_ln_fu_708_p4 = {{select_ln20_fu_591_p3[3:2]}};

assign or_ln20_fu_586_p2 = (icmp_ln20_reg_987 | and_ln19_fu_580_p2);

assign or_ln23_21_fu_308_p2 = (tmp_fu_294_p3 | icmp_ln24_fu_302_p2);

assign or_ln23_23_fu_437_p2 = (p_mid113_fu_423_p2 | or_ln23_21_reg_955);

assign or_ln23_24_fu_471_p2 = (tmp_38_fu_457_p3 | icmp_ln24_6_fu_465_p2);

assign or_ln23_25_fu_477_p2 = (select_ln19_27_fu_429_p3 | or_ln23_24_fu_471_p2);

assign or_ln23_fu_367_p2 = (tmp_37_fu_353_p3 | icmp_ln24_5_fu_361_p2);

assign or_ln25_15_fu_897_p2 = (empty_111_reg_1067_pp0_iter1_reg | 4'd2);

assign or_ln25_16_fu_914_p2 = (empty_111_reg_1067_pp0_iter1_reg | 4'd3);

assign or_ln25_fu_816_p2 = (empty_111_reg_1067_pp0_iter1_reg | 4'd1);

assign p_cast5_i_fu_333_p2 = (p_cast_reg_949 + ii_cast_fu_324_p1);

assign p_cast5_i_mid1_fu_418_p2 = (p_cast_reg_949 + ii_cast_mid1_fu_409_p1);

assign p_cast_fu_288_p2 = ((empty_fu_260_p1) + (7'd127));

assign p_cast_i_fu_270_p1 = (empty_106_fu_264_p2);

assign p_mid111_fu_413_p2 = ((p_cast_i_reg_931) + (ii_cast_i_mid1_fu_405_p1));

assign p_mid113_fu_423_p2 = ((p_mid111_fu_413_p2 > 18'd111) ? 1'b1 : 1'b0);

assign p_mid137_fu_314_p2 = ((trunc_ln22_fu_274_p1) + (14'd16383));

assign p_mid1_fu_632_p2 = ((tmp2_cast_mid1_fu_628_p1) + (trunc_ln22_reg_937));

assign row_coord_int_fu_499_p3 = ((is_padding_reg_971[0:0] == 1'b1) ? 7'd0 : p_cast5_i_reg_965);

assign row_coord_int_mid131_fu_543_p3 = ((or_ln23_23_reg_1010[0:0] == 1'b1) ? 7'd0 : p_cast5_i_mid1_reg_1004);

assign row_coord_int_mid1_fu_615_p3 = ((or_ln23_25_reg_1023[0:0] == 1'b1) ? 7'd0 : select_ln19_26_fu_533_p3);

assign select_ln19_25_fu_527_p3 = ((icmp_ln20_reg_987[0:0] == 1'b1) ? add_ln19_reg_982 : ii_reg_206);

assign select_ln19_26_fu_533_p3 = ((icmp_ln20_reg_987[0:0] == 1'b1) ? p_cast5_i_mid1_reg_1004 : p_cast5_i_reg_965);

assign select_ln19_27_fu_429_p3 = ((icmp_ln20_fu_391_p2[0:0] == 1'b1) ? p_mid113_fu_423_p2 : empty_108_fu_338_p2);

assign select_ln19_28_fu_538_p3 = ((icmp_ln20_reg_987[0:0] == 1'b1) ? or_ln23_23_reg_1010 : is_padding_reg_971);

assign select_ln19_29_fu_555_p3 = ((icmp_ln20_reg_987[0:0] == 1'b1) ? row_coord_int_mid131_fu_543_p3 : row_coord_int_fu_499_p3);

assign select_ln19_30_fu_562_p3 = ((icmp_ln20_reg_987[0:0] == 1'b1) ? col_coord_int_mid139_fu_549_p3 : col_coord_int_fu_520_p3);

assign select_ln19_fu_397_p3 = ((icmp_ln20_fu_391_p2[0:0] == 1'b1) ? 2'd0 : ap_phi_mux_jj_phi_fu_233_p4);

assign select_ln20_21_fu_599_p3 = ((and_ln19_fu_580_p2[0:0] == 1'b1) ? add_ln20_reg_1017 : select_ln19_reg_999);

assign select_ln20_22_fu_608_p3 = ((and_ln19_fu_580_p2[0:0] == 1'b1) ? or_ln23_25_reg_1023 : select_ln19_28_fu_538_p3);

assign select_ln20_23_fu_644_p3 = ((and_ln19_fu_580_p2[0:0] == 1'b1) ? row_coord_int_mid1_fu_615_p3 : select_ln19_29_fu_555_p3);

assign select_ln20_24_fu_686_p3 = ((and_ln19_fu_580_p2[0:0] == 1'b1) ? col_coord_int_mid1_fu_637_p3 : select_ln19_30_fu_562_p3);

assign select_ln20_25_fu_731_p3 = ((icmp_ln20_reg_987[0:0] == 1'b1) ? 5'd1 : add_ln20_5_reg_1030);

assign select_ln20_fu_591_p3 = ((or_ln20_fu_586_p2[0:0] == 1'b1) ? 5'd0 : ap_phi_mux_kk_0_i_phi_fu_245_p4);

assign select_ln33_22_fu_847_p3 = ((select_ln20_22_reg_1059_pp0_iter1_reg[0:0] == 1'b1) ? 16'd0 : bitcast_ln32_22_fu_843_p1);

assign select_ln33_23_fu_869_p3 = ((select_ln20_22_reg_1059_pp0_iter1_reg[0:0] == 1'b1) ? 16'd0 : bitcast_ln32_23_fu_865_p1);

assign select_ln33_24_fu_890_p3 = ((select_ln20_22_reg_1059_pp0_iter1_reg[0:0] == 1'b1) ? 16'd0 : bitcast_ln32_24_fu_886_p1);

assign select_ln33_fu_808_p3 = ((select_ln20_22_reg_1059_pp0_iter1_reg[0:0] == 1'b1) ? 16'd0 : bitcast_ln32_fu_804_p1);

assign sext_ln20_fu_682_p1 = (sub_ln32_fu_676_p2);

assign sext_ln22_fu_284_p1 = add_ln22_fu_278_p2;

assign sext_ln32_fu_726_p1 = (tmp_39_fu_718_p3);

assign sext_ln33_10_fu_926_p1 = (tmp_42_fu_919_p3);

assign sext_ln33_9_fu_909_p1 = (tmp_41_fu_902_p3);

assign sext_ln33_fu_828_p1 = (tmp_40_fu_821_p3);

assign sub_ln32_fu_676_p2 = (zext_ln32_fu_660_p1 - zext_ln32_22_fu_672_p1);

assign sub_ln33_cast_fu_762_p1 = (sub_ln33_fu_756_p2);

assign sub_ln33_fu_756_p2 = (zext_ln33_18_fu_752_p1 - zext_ln33_fu_742_p1);

assign tmp2_cast_fu_511_p1 = (tmp2_fu_505_p2);

assign tmp2_cast_mid1_fu_628_p1 = (tmp2_mid1_fu_622_p2);

assign tmp2_fu_505_p2 = ((zext_ln22_fu_495_p1) + (3'd7));

assign tmp2_mid1_fu_622_p2 = ((zext_ln22_5_fu_605_p1) + (3'd7));

assign tmp_113_cast_fu_779_p3 = {{trunc_ln33_fu_775_p1}, {4'd0}};

assign tmp_37_fu_353_p3 = add_ln22_5_fu_348_p2[32'd17];

assign tmp_38_fu_457_p3 = add_ln22_6_fu_452_p2[32'd17];

assign tmp_39_fu_718_p3 = {{add_ln32_fu_698_p2}, {lshr_ln_fu_708_p4}};

assign tmp_40_fu_821_p3 = {{add_ln33_reg_1089}, {or_ln25_fu_816_p2}};

assign tmp_41_fu_902_p3 = {{add_ln33_reg_1089}, {or_ln25_15_fu_897_p2}};

assign tmp_42_fu_919_p3 = {{add_ln33_reg_1089}, {or_ln25_16_fu_914_p2}};

assign tmp_66_i_fu_833_p4 = {{in_data_q0[31:16]}};

assign tmp_67_i_fu_855_p4 = {{in_data_q0[47:32]}};

assign tmp_68_i_fu_876_p4 = {{in_data_q0[63:48]}};

assign tmp_7_fu_652_p3 = {{select_ln20_23_fu_644_p3}, {7'd0}};

assign tmp_8_fu_664_p3 = {{select_ln20_23_fu_644_p3}, {4'd0}};

assign tmp_fu_294_p3 = add_ln22_fu_278_p2[32'd16];

assign tmp_s_fu_745_p3 = {{select_ln19_25_reg_1040}, {2'd0}};

assign trunc_ln22_fu_274_p1 = j_17[13:0];

assign trunc_ln32_fu_800_p1 = in_data_q0[15:0];

assign trunc_ln33_fu_775_p1 = add_ln33_fu_769_p2[3:0];

assign xor_ln19_fu_569_p2 = (icmp_ln20_reg_987 ^ 1'd1);

assign zext_ln19_fu_256_p1 = i_17;

assign zext_ln20_5_fu_448_p1 = add_ln20_fu_442_p2;

assign zext_ln20_fu_344_p1 = ap_phi_mux_jj_phi_fu_233_p4;

assign zext_ln22_5_fu_605_p1 = add_ln20_reg_1017;

assign zext_ln22_fu_495_p1 = jj_reg_229;

assign zext_ln32_22_fu_672_p1 = tmp_8_fu_664_p3;

assign zext_ln32_23_fu_694_p1 = select_ln20_24_fu_686_p3;

assign zext_ln32_fu_660_p1 = tmp_7_fu_652_p3;

assign zext_ln33_18_fu_752_p1 = tmp_s_fu_745_p3;

assign zext_ln33_19_fu_766_p1 = select_ln20_21_reg_1053;

assign zext_ln33_20_fu_787_p1 = select_ln20_reg_1047;

assign zext_ln33_21_fu_796_p1 = add_ln33_5_reg_1096;

assign zext_ln33_fu_742_p1 = select_ln19_25_reg_1040;

endmodule //td_fused_top_tdf2_readInputs25